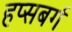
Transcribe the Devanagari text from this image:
हप्सबर्ग